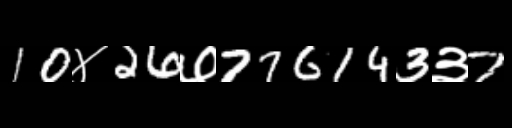
Text: 10४26७776143३7